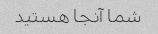
شما آنجا هستید